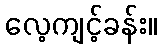
လေ့ကျင့်ခန်း။